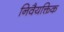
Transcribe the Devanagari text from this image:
निवैयक्तिक